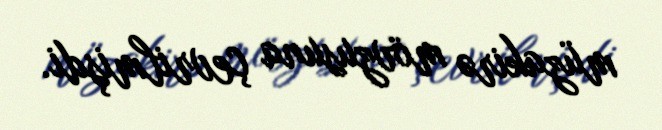
müzakirə mövzusuna çevrilmişdi.